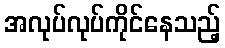
အလုပ်လုပ်ကိုင်နေသည့်